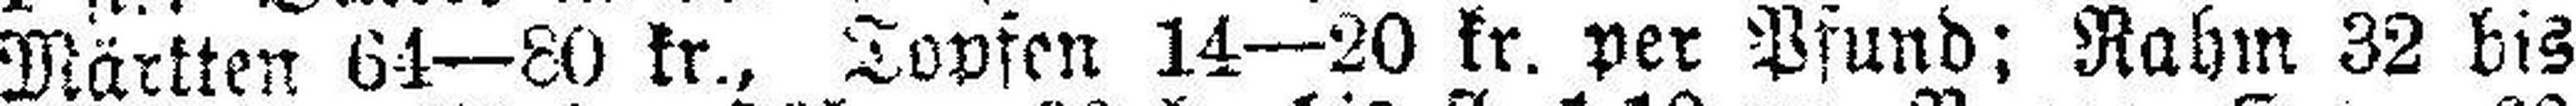
Märkten 64—80 kr., Topfen 14—20 kr. per Pfund: Rahm 32 bis